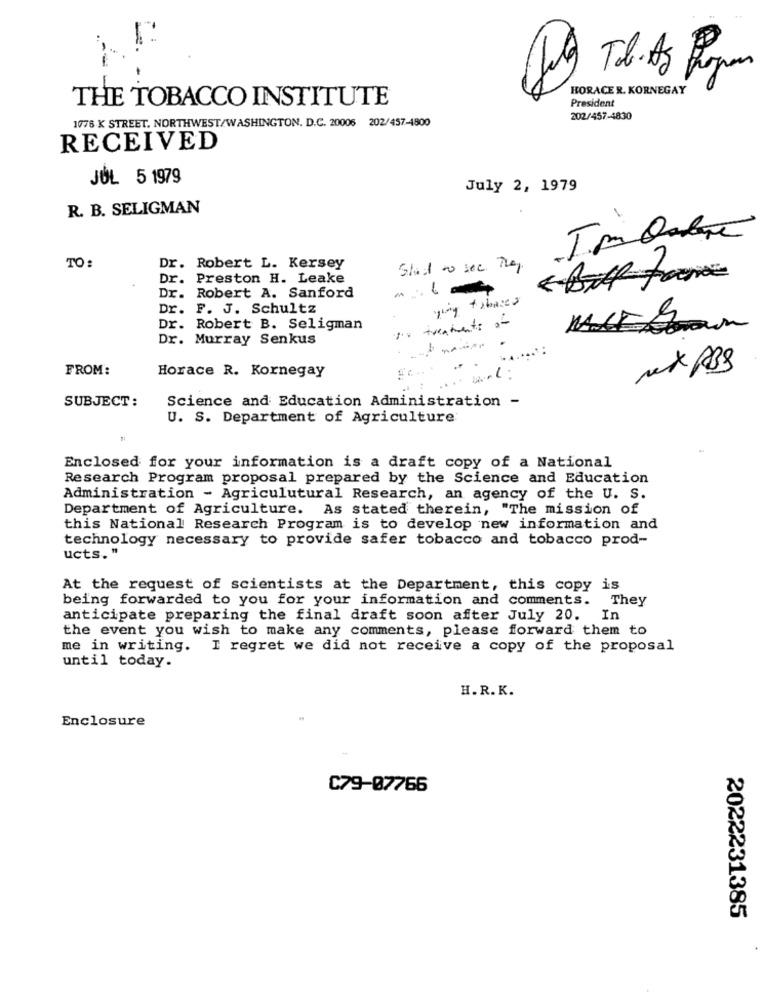
Tob. As Rom
HORACE R. KORNEGAY
THE TOBACCO INSTITUTE
President
1776 K STREET. NORTHWEST/WASHINGTON, D.C. 20006 202/457-4800
202/457-4830
RECEIVED
JÚL 5 1979
July 2, 1979
R. B. SELIGMAN
TO:
Dr. Robert L. Kersey
Dr. Preston H. Leake
----
Dr. Robert A. Sanford
going tobased
Dr. F. J. Schultz
Jis treatments on
Dr. Robert B. Seligman
Dr. Murray Senkus
FROM:
Horace R. Kornegay
SUBJECT:
Science and Education Administration -
U. S. Department of Agriculture
Enclosed for your information is a draft copy of a National
Research Program proposal prepared by the Science and Education
Administration - Agriculutural Research, an agency of the U. S.
Department of Agriculture. As stated therein, "The mission of
this National Research Program is to develop new information and
technology necessary to provide safer tobacco and tobacco prod-
ucts. "
At the request of scientists at the Department, this copy is
being forwarded to you for your information and comments. They
anticipate preparing the final draft soon after July 20.
In
the event you wish to make any comments, please forward them to
me in writing. I regret we did not receive a copy of the proposal
until today.
H.R.K.
Enclosure
C79-07766
2022231385